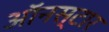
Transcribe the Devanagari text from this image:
ऑनस्टार